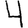
Digit: 4